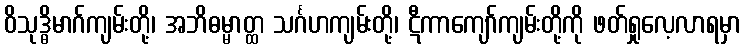
ဝိသုဒ္ဓိမာဂ်ကျမ်းတို့၊ အဘိဓမ္မာတ္ထ သင်္ဂဟကျမ်းတို့၊ ဋီကာကျော်ကျမ်းတို့ကို ဖတ်ရှုလေ့လာရမှာ